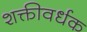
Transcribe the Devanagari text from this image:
शक्तीवर्धक